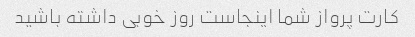
کارت پرواز شما اینجاست روز خوبی داشته باشید